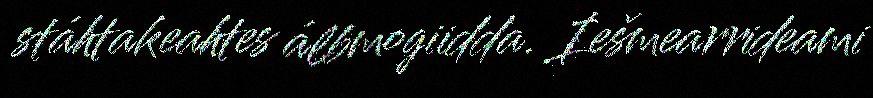
stáhtakeahtes álbmogiidda. Iešmearrideami